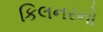
કિલનરનો